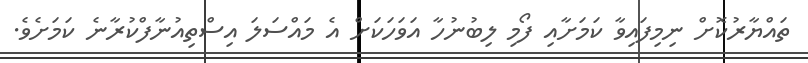
ތައްޔާރުކޮށް ނިމިފައިވާ ކަމަށާއި ފޯމި ލިބުނުހާ އަވަހަކަށް އެ މައްސަލަ އިސްތިއުނާފްކުރާނެ ކަމަށެވެ.